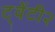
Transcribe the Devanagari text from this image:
ट्वेंटी२